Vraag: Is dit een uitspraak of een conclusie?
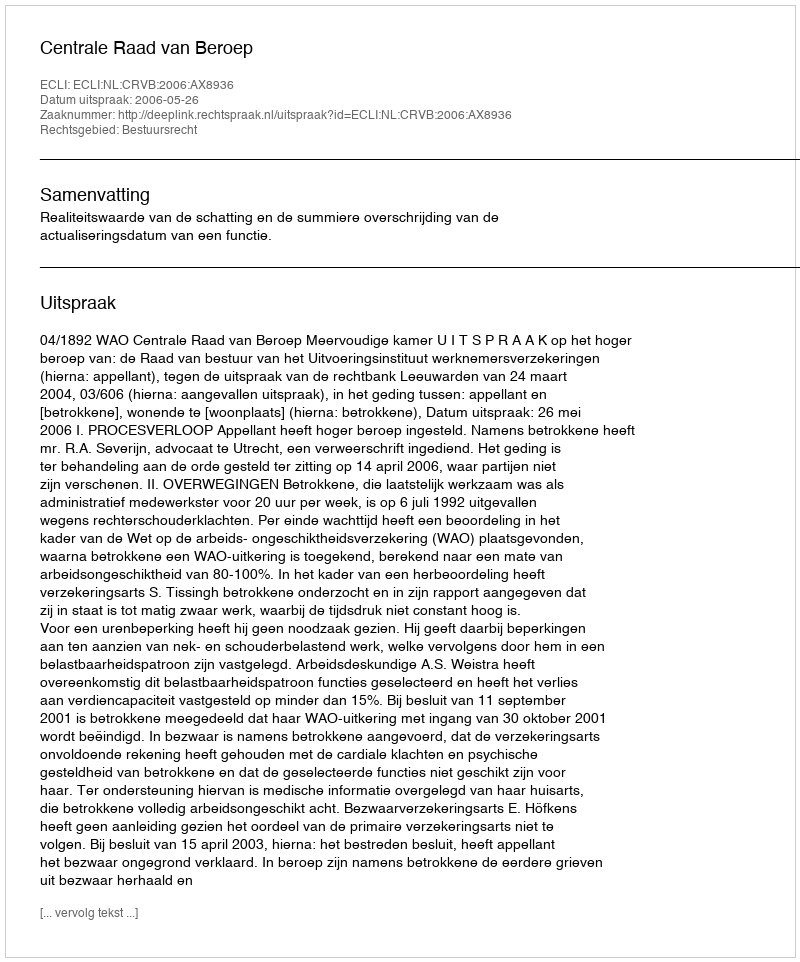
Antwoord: Uitspraak